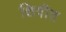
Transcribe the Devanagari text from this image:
शिवीत